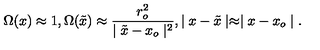
\Omega ( x ) \approx 1 , \Omega ( \tilde { x } ) \approx { \frac { r _ { o } ^ { 2 } } { \mid \tilde { x } - x _ { o } \mid ^ { 2 } } } , \mid x - \tilde { x } \mid \approx \mid x - x _ { o } \mid .